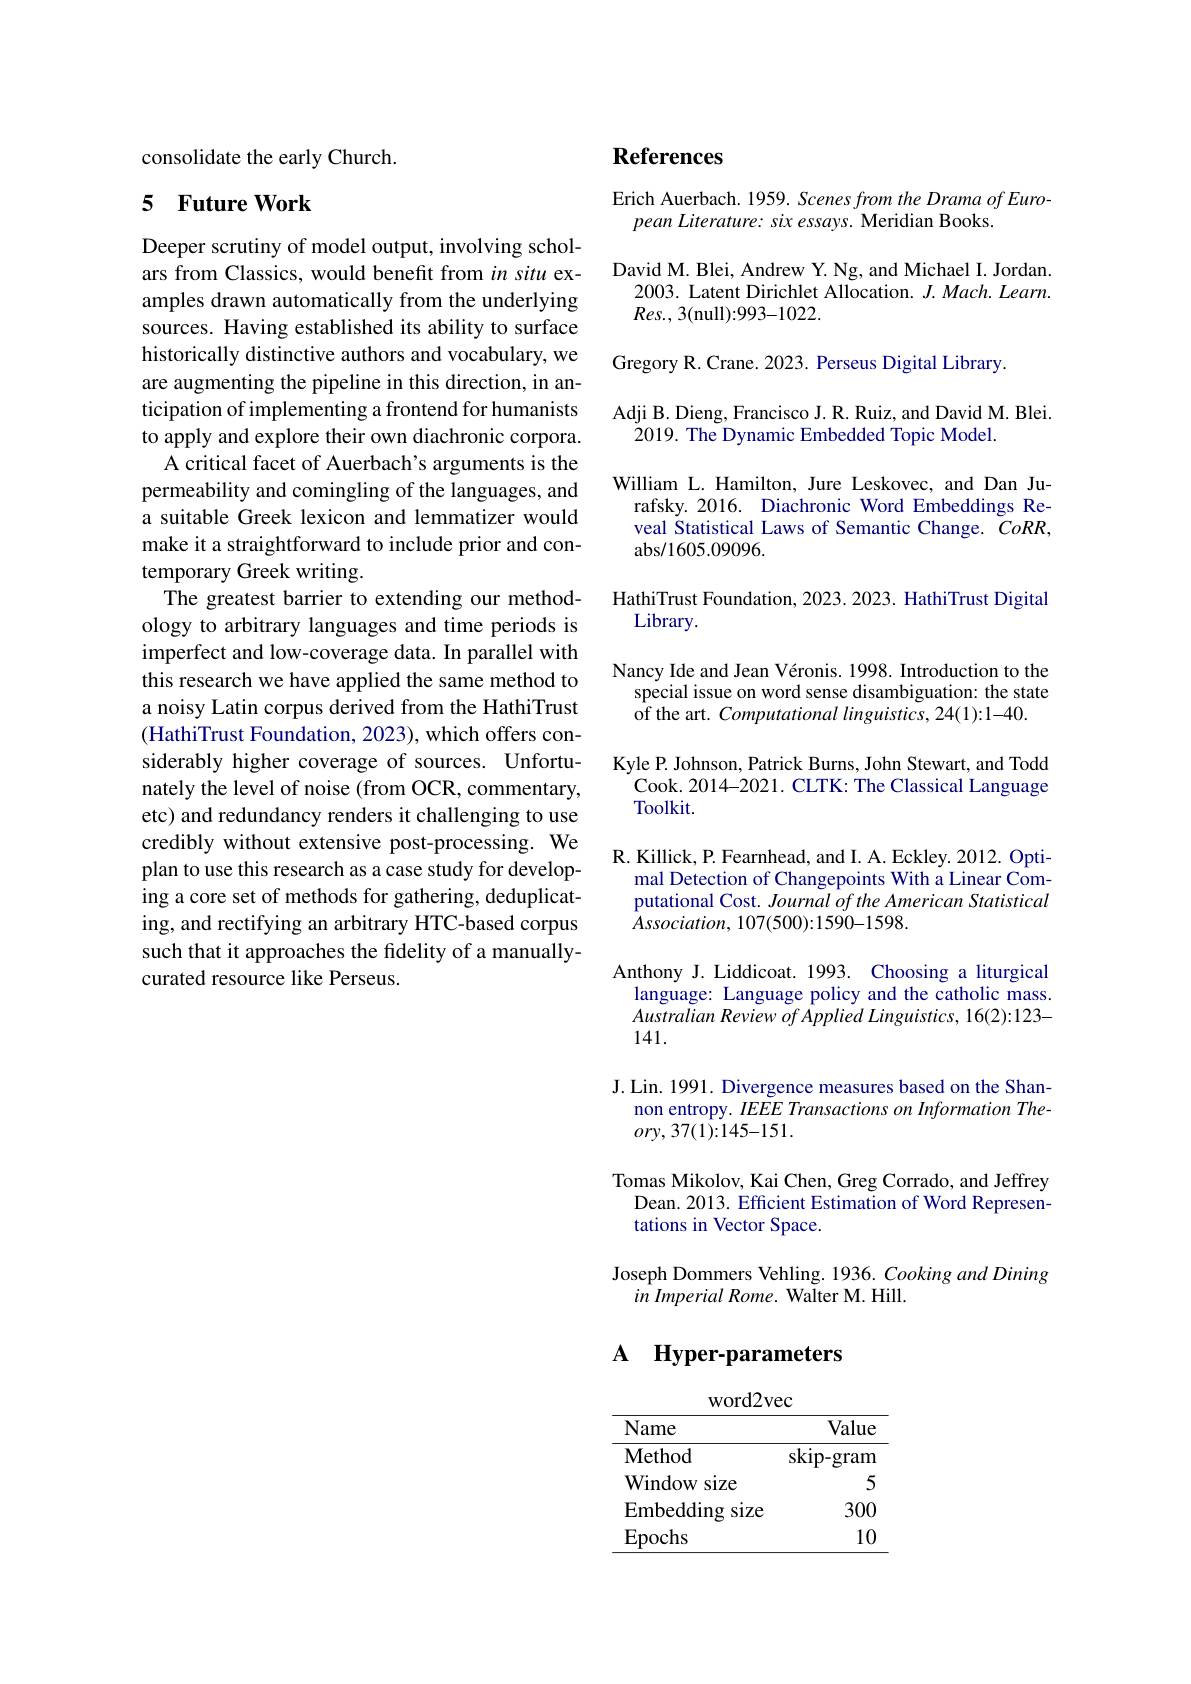
consolidate the early Church.

## 5 Future Work

Deeper scrutiny of model output, involving scholars from Classics, would benefit from in situ examples drawn automatically from the underlying sources. Having established its ability to surface historically distinctive authors and vocabulary, we are augmenting the pipeline in this direction, in anticipation of implementing a frontend for humanists to apply and explore their own diachronic corpora.
A critical facet of Auerbach's arguments is the permeability and comingling of the languages, and a suitable Greek lexicon and lemmatizer would make it a straightforward to include prior and contemporary Greek writing.
The greatest barrier to extending our methodology to arbitrary languages and time periods is imperfect and low-coverage data. In parallel with this research we have applied the same method to a noisy Latin corpus derived from the HathiTrust (HathiTrust Foundation, 2023), which offers considerably higher coverage of sources. Unfortunately the level of noise (from OCR, commentary, etc) and redundancy renders it challenging to use credibly without extensive post-processing. We plan to use this research as a case study for developing a core set of methods for gathering, deduplicating, and rectifying an arbitrary HTC-based corpus such that it approaches the fidelity of a manuallycurated resource like Perseus.

# References

Erich Auerbach. 1959. Scenes from the Drama of Euro-
pean Literature: six essays. Meridian Books.

David M. Blei, Andrew Y. Ng, and Michael I. Jordan.
2003. Latent Dirichlet Allocation. $J.Mach.Learn.$
$Res. $, 3(null):993-1022.
Gregory R. Crane. 2023. Perseus Digital Library.
Adji B. Dieng, Francisco J. R. Ruiz, and David M. Blei.
2019. The Dynamic Embedded Topic Model.
William L.Hamilton, Jure Leskovec, and Dan Ju-
rafsky. 2016. Diachronic Word Embeddings Reveal Statistical Laws of Semantic Change. $CoRR$, abs/ 1605. 09096.
HathiTrust Foundation, 2023. 2023. HathiTrust Digital
Library.
Nancy Ide and Jean Véronis. 1998. Introduction to the
special issue on word sense disambiguation: the state
of the art. Computational linguistics, 24(1):1-40.
Kyle P. Johnson, Patrick Burns, John Stewart, and Todd Cook. 2014-2021. CLTK: The Classical Language Toolkit.
R. Killick, P. Fearnhead, and I. A. Eckley. 2012. Opti-
mal Detection of Changepoints With a Linear Computational Cost. Journal of the American Statistical $\hat{A}ssociation,107(500):1590-1598.$
Anthony J. Liddicoat. 1993. Choosing a liturgical
language: Language policy and the catholic mass. Australian Review of Applied Linguistics, 16(2):123- 141.
J. Lin. 1991. Divergence measures based on the Shan-
non entropy. IEEE Transactions on Information The-
$ory,37(1){:}145-151.$
Tomas Mikolov, Kai Chen, Greg Corrado, and Jeffrey
Dean. 2013. Efficient Estimation of Word Represen-
tations in Vector Space.

Joseph Dommers Vehling. 1936. Cooking and Dining
$in~Imperial~Rome.~Walter~M.~Hill.$

$\textbf{A}$ $\textbf{Hyper- parameters}$

word2vec
<table>
	<tbody>
		<tr>
			<th>Name</th>
			<th>Value</th>
		</tr>
		<tr>
			<td>$\mathbf{Method}$</td>
			<td>skip-gram</td>
		</tr>
		<tr>
			<td>${\mathrm{Window}}$ size</td>
			<td>5</td>
		</tr>
		<tr>
			<td>$\operatorname{Embedding}$ size</td>
			<td>300</td>
		</tr>
		<tr>
			<td>Epochs</td>
			<td>10</td>
		</tr>
	</tbody>
</table>